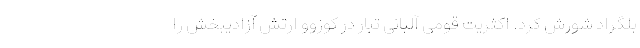
بلگراد شورش کرد. اکثریت قومی آلبانی تبار در کوزوو ارتش آزادیبخش را